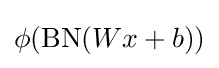
\phi (\mathrm {BN} (Wx+b))